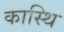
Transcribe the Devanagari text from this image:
कास्थि